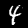
Label: 4